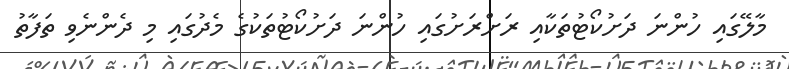
މާލޭގައި ހުންނަ ދަށުކޯޓުތަކާއި ރަށްރަށުގައި ހުންނަ ދަށުކޯޓުތަކުގެ މެދުގައި މި ދެންނެވި ތަފާތު